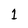
Character: 1